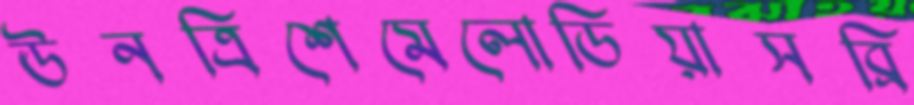
ঊনত্রিশেমেলোডিয়াসব্রি